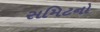
સમિટનો